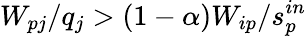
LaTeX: W_{pj}/q_{j}>(1-\alpha)W_{ip}/s_{p}^{in}